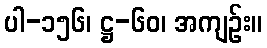
ပါ-၁၅၆၊ ဋ္ဌ-၆၀၊ အကျဉ်း။